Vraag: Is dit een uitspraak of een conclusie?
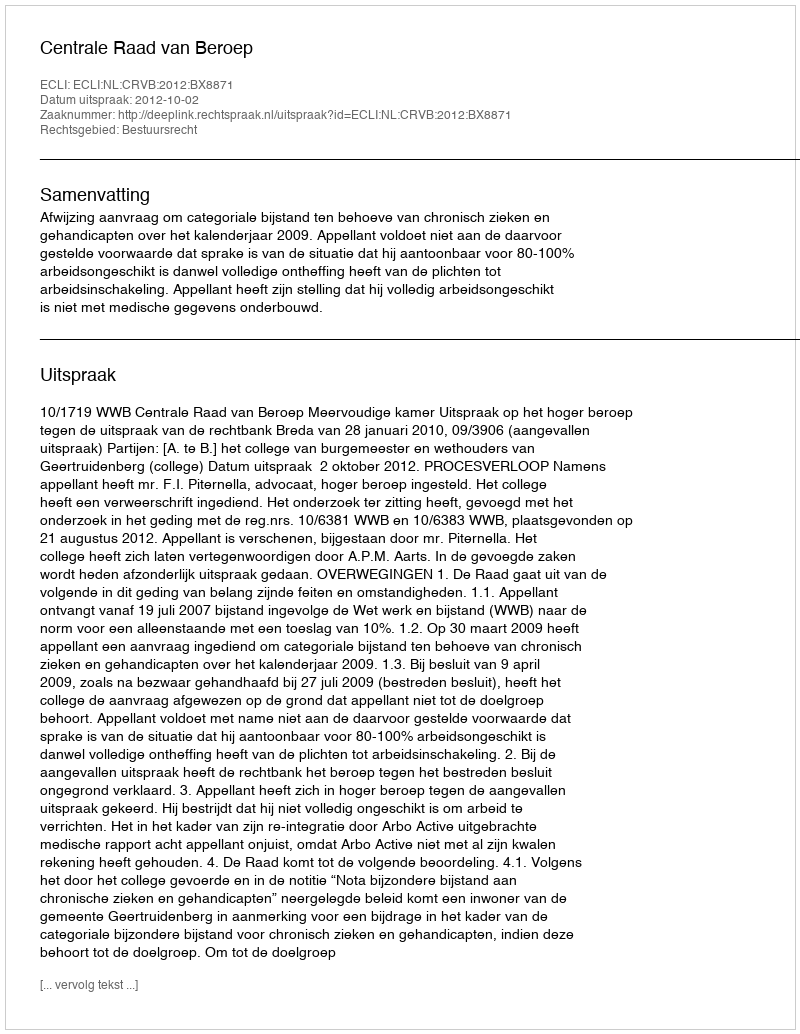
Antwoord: Uitspraak